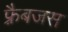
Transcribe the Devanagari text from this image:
फ़्रैबजस